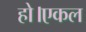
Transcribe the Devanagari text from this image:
हो।एकल